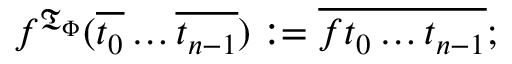
f ^ { { \mathfrak { T } } _ { \Phi } } ( { \overline { { t _ { 0 } } } } \ldots { \overline { { t _ { n - 1 } } } } ) : = { \overline { { f t _ { 0 } \ldots t _ { n - 1 } } } } ;